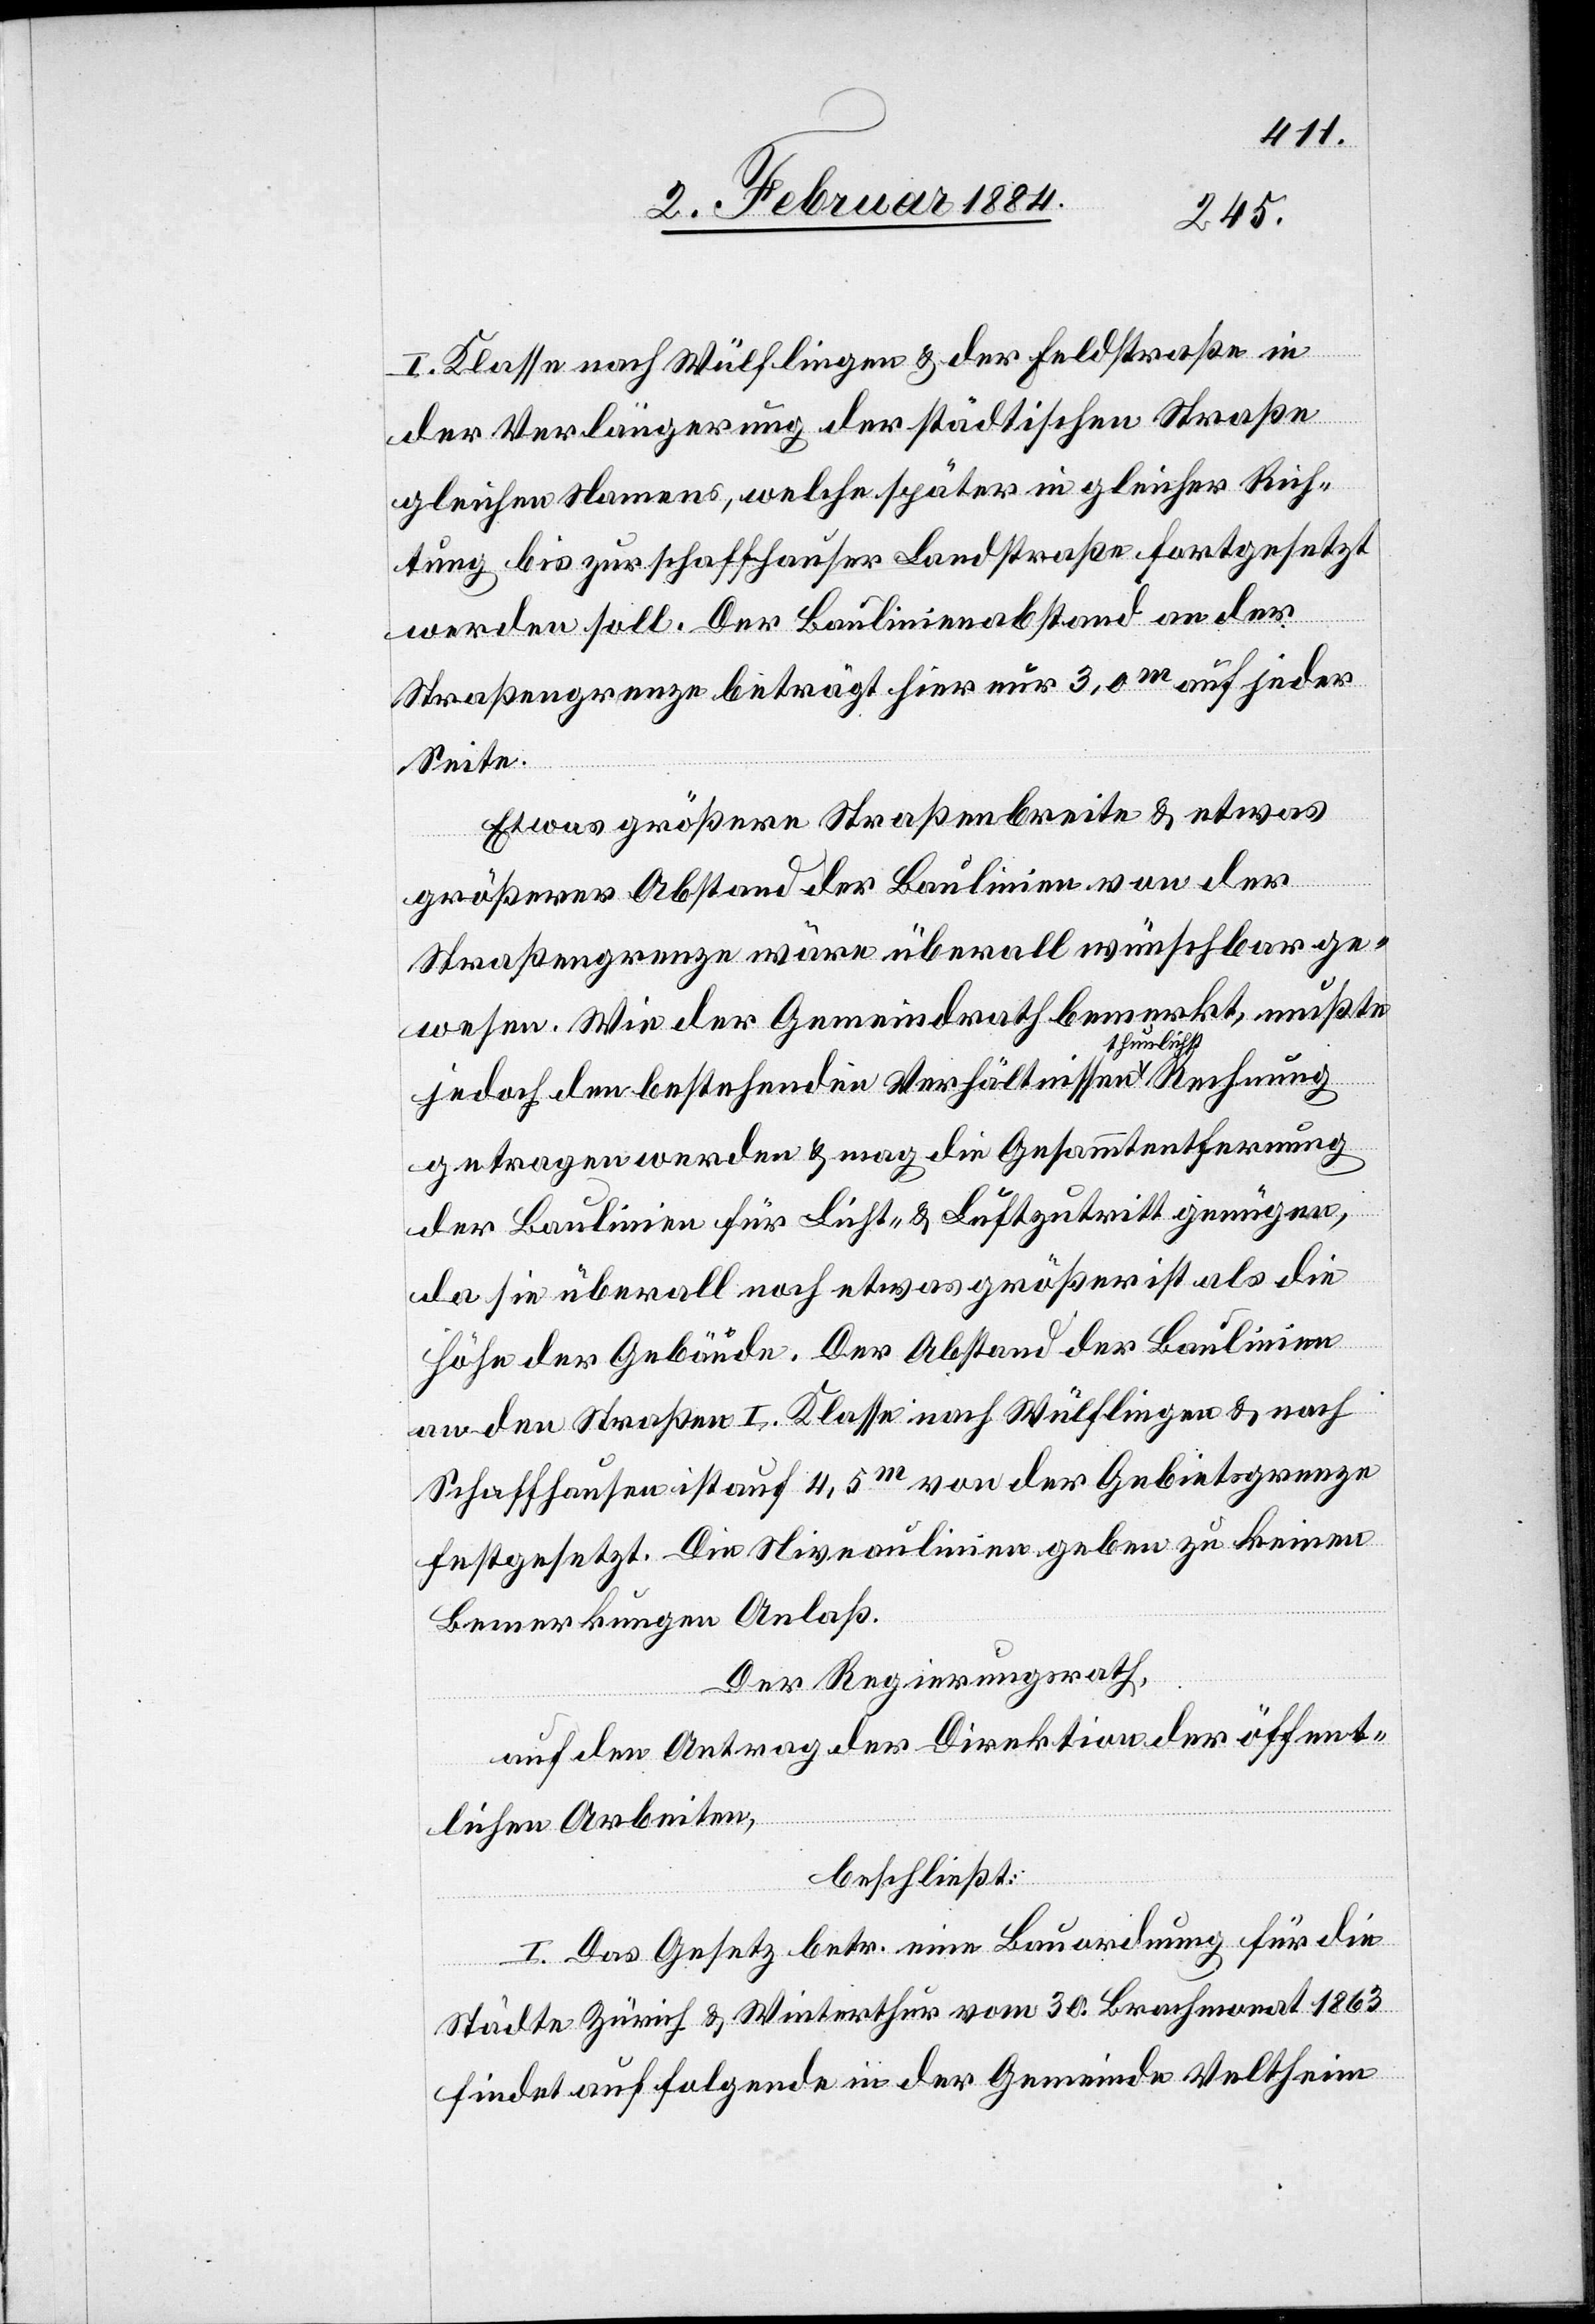
I. Klasse nach Wülflingen & der Feldstraße,
der Verlängerung der städtischen Straße
gleichen Namens, welche später in gleicher Rich¬
tung bis zur Schaffhauser Landstraße fortgesetzt
werden soll. Der Baulinienabstand an der
Straßengrenze beträgt hier nur 3,0m auf jeder
Seite.
Etwas größere Straßenbreite & etwas
größerer Abstand der Baulinie von der
Straßengrenze wäre überall wünschbar ge¬
wesen. Wie der Gemeindrath bemerkt, mußte
jedoch den bestehenden Verhältnissen thun¬
getragen werden & mag die Gesammtentfernung
der Baulinien für Licht- & Luftzutritt genügen,
da sie überall noch etwas größer ist als die
Höhe der Gebäude. Der Abstand der Baulinie
an den Straßen I. Klasse nach Wülflingen & nach
Schaffhausen ist auf 4,5m von der Gebietsgrenze
festgesetzt. Die Niveaulinien geben zu keinen
Bemerkungen Anlaß.
Der Regierungsrath,
auf den Antrag der Direktion der öffent¬
lichst
lichen Arbeiten,
beschließt:
I. Das Gesetz betr. eine Bauordnung für die
Städte Zürich & Winterthur vom 30. Brachmonat 1863
findet auf folgende in der Gemeinde Veltheim